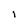
Character: I